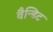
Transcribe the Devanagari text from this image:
वैन्डिट